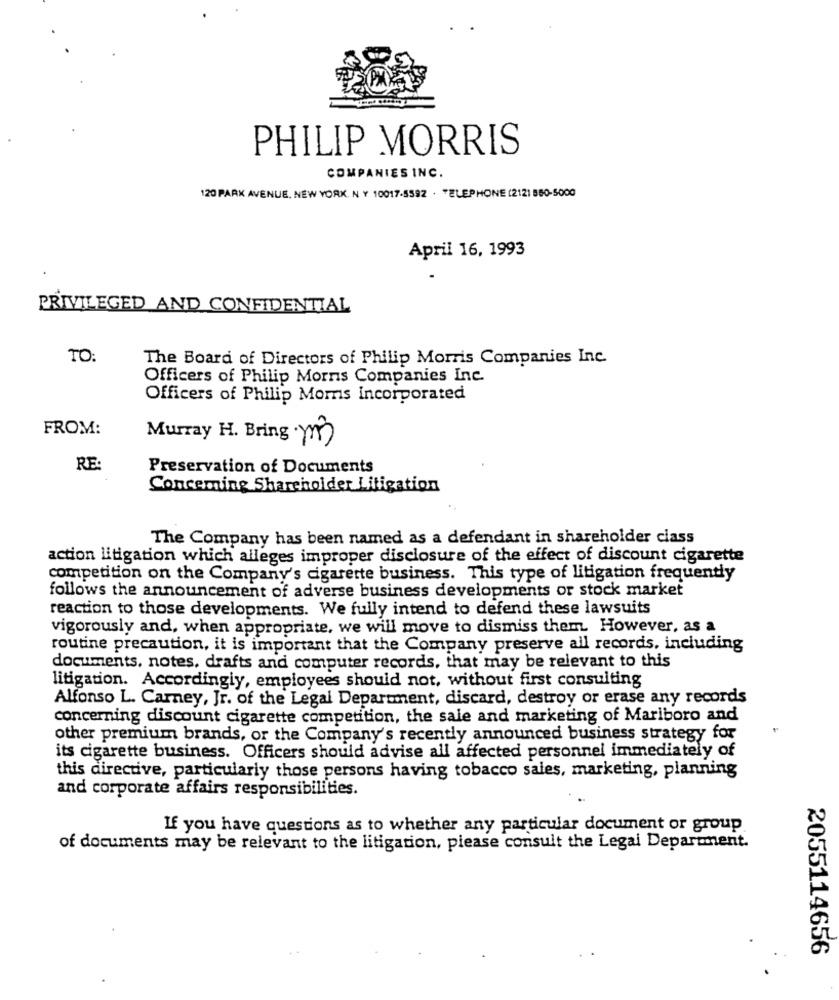
PHILIP MORRIS
COMPANIES INC.
120 PARK AVENUE, NEW YORK, NY 10017-5592 . TELEPHONE (2121 880-5000
April 16, 1993
PRIVILEGED AND CONFIDENTIAL
TO:
The Board of Directors of Philip Morris Companies Inc.
Officers of Philip Morris Companies Inc.
Officers of Philip Morris Incorporated
FROM:
Murray H. Bring m3)
RE
Preservation of Documents
Concerning Shareholder Litigation
The Company has been named as a defendant in shareholder class
action litigation which alleges improper disclosure of the effect of discount cigarette
competition on the Company's cigarette business. This type of litigation frequently
follows the announcement of adverse business developments or stock market
reaction to those developments. We fully intend to defend these lawsuits
vigorously and, when appropriate, we will move to dismiss them. However, as a
routine precaution, it is important that the Company preserve all records, including
documents, notes, drafts and computer records, that may be relevant to this
litigation. Accordingly, employees should not, without first consulting
Alfonso L. Carney, Jr. of the Legal Department, discard, destroy or erase any records
concerning discount cigarette competition, the sale and marketing of Marlboro and
other premium brands, or the Company's recently announced business strategy for
its cigarette business. Officers should advise all affected personnel immediately of
this directive, particularly those persons having tobacco sales, marketing, planning
and corporate affairs responsibilities.
If you have questions as to whether any particular document or group
of documents may be relevant to the litigation, please consult the Legal Department.
2055114656